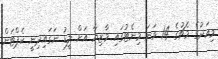
މިއަދުގެ މެޗުގެ 14 ވަނަ މިނެޓުގައި މާޒިޔާ އަށް ލީޑު ނަގައިދިނީ ކެޕްޓަން